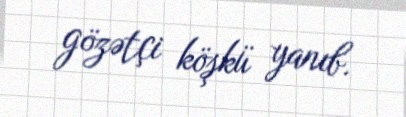
gözətçi köşkü yanıb.